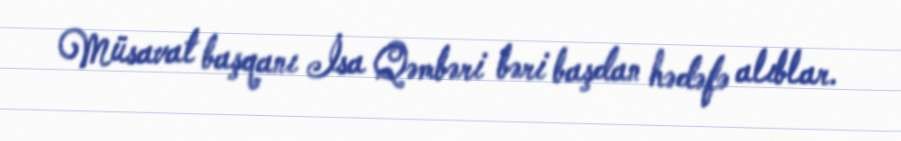
Müsavat başqanı İsa Qəmbəri bəri başdan hədəfə alıblar.